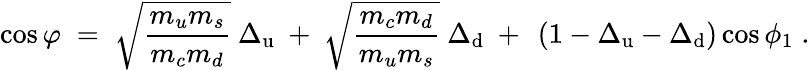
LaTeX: \cos\varphi\; =\; \sqrt{\frac{m_{u}m_{s}}{m_{c}m_{d}}}~\Delta_{\mathrm{u}}~+~\sqrt{\frac{m_{c}m_{d}}{m_{u}m_{s}}}~\Delta_{\mathrm{d}}~+~\left(1-\Delta_{\mathrm{u}}-\Delta_{\mathrm{d}}\right)\cos\phi_{1}\; .